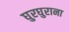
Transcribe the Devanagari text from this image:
घुरघुराना